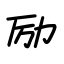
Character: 励